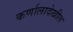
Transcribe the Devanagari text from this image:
कर्णालादेखील